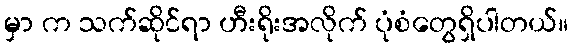
မှာ က သက်ဆိုင်ရာ ဟီးရိုးအလိုက် ပုံစံတွေရှိပါတယ်။